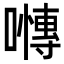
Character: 𭋪